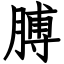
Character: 膊